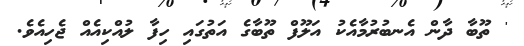
' ތޫބާ ދާން އެނބުރުމާއެކު އަލޫފް ތޫބާގެ އަތުގައި ހިފާ ލުއްކިއެއް ޖެހިއެވެ.